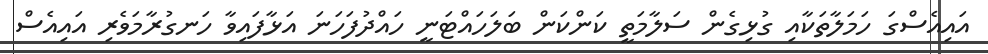
އައިއެސްގަ ހަމަލާތަކާއި ގުޅިގެން ސަލާމަތީ ކަންކަން ބަލަހައްޓަނީ ހައްދުފަހަނަ އަޅާފައިވާ ހަނގުރާމަވެރި އައިއެސް